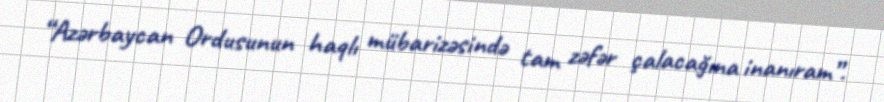
“Azərbaycan Ordusunun haqlı mübarizəsində tam zəfər çalacağına inanıram”.